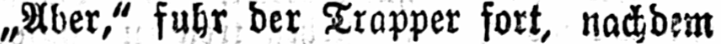
„Aber,“ fuhr der Trapper fort, nachdem